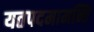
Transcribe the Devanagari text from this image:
यतपदमामन्ति